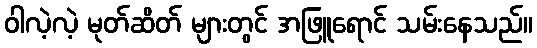
ဝါလဲ့လဲ့ မုတ်ဆိတ် များတွင် အဖြူရောင် သမ်းနေသည်။